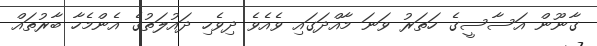
ގާނޫން އަސާސީގެ ހަތަރު ވަނަ މާއްދަގައި ވެއެވެ ދިވެހި ދައުލަތުގެ އެންމެހާ ބާރުތައް